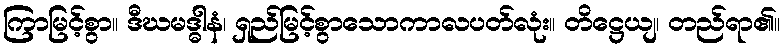
ကြာမြင့်စွာ။ ဒီဃမဒ္ဓါနံ၊ ရှည်မြင့်စွာသောကာလပတ်လုံး။ တိဋ္ဌေယျ၊ တည်ရာ၏။